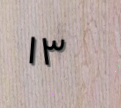
١٣